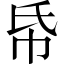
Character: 帋